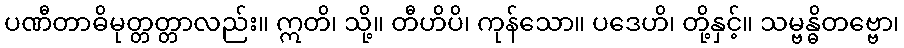
ပဏီတာဓိမုတ္တတ္တာလည်း။ ဣတိ၊ သို့။ တီဟိပိ၊ ကုန်သော။ ပဒေဟိ၊ တို့နှင့်။ သမ္ဗန္ဓိတဗ္ဗော၊